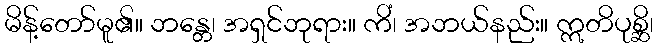
မိန့်တော်မူ၏။ ဘန္တေ၊ အရှင်ဘုရား။ ကိံ၊ အဘယ်နည်း။ ဣတိပုစ္ဆိ၊